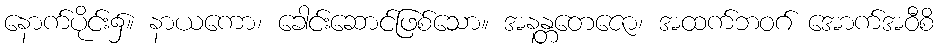
နောက်ပိုင်း၌။ နာယကော၊ ခေါင်းဆောင်ဖြစ်သော။ အနန္တတေဇော၊ အထက်ဘဝဂ် အောက်အဝီစိ